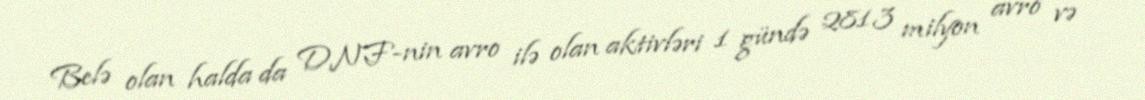
Belə olan halda da DNF-nin avro ilə olan aktivləri 1 gündə 281.3 milyon avro və